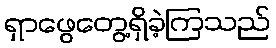
ရှာဖွေတွေ့ရှိခဲ့ကြသည်